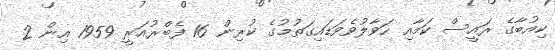
ކިއުބާގެ ރައީސް ކަމާއި ހަވާލުވެވަޑައިގަތުމުގެ ކުރިން 16 ފެބްރުއަރީ 1959 އިން 2